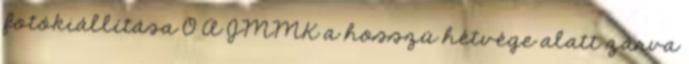
fotókiállítása 0 A JMMK a hosszú hétvége alatt zárva